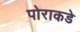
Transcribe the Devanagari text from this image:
पोराकडे